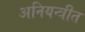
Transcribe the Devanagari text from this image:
अनियन्त्रीत